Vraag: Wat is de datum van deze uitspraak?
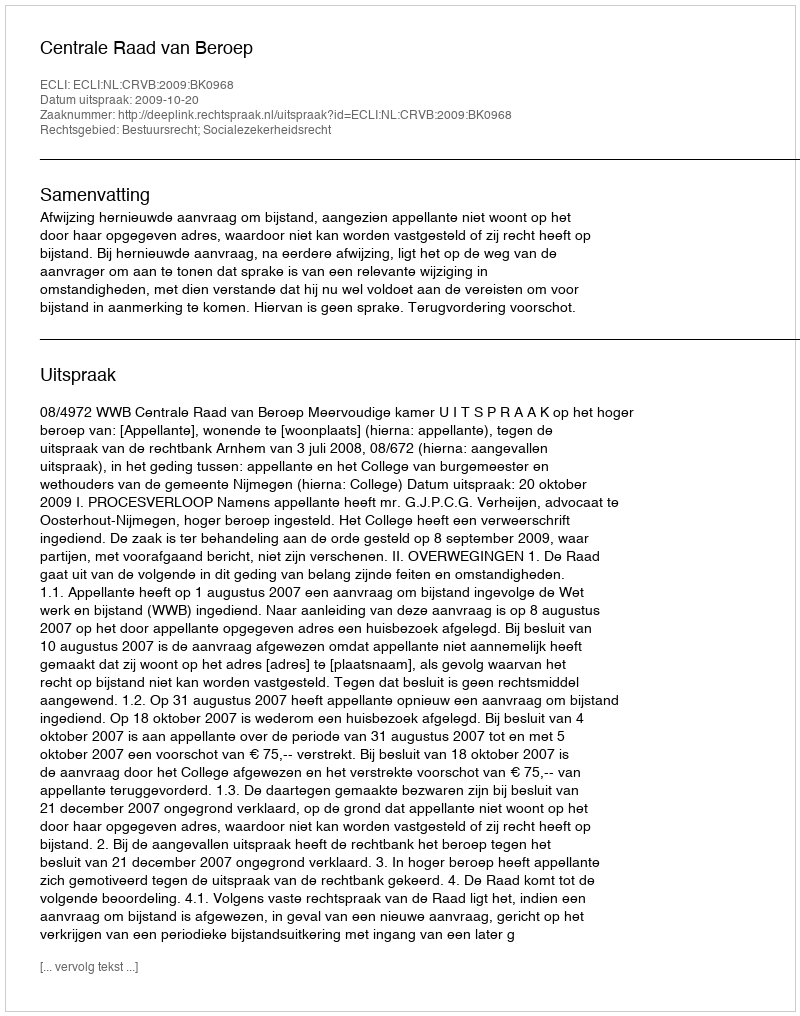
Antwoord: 2009-10-20